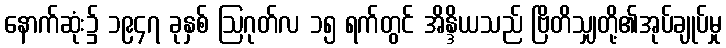
နောက်ဆုံး၌ ၁၉၄၇ ခုနှစ် ဩဂုတ်လ ၁၅ ရက်တွင် အိန္ဒိယသည် ဗြိတိသျှတို့၏အုပ်ချုပ်မှု